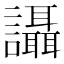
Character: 讘